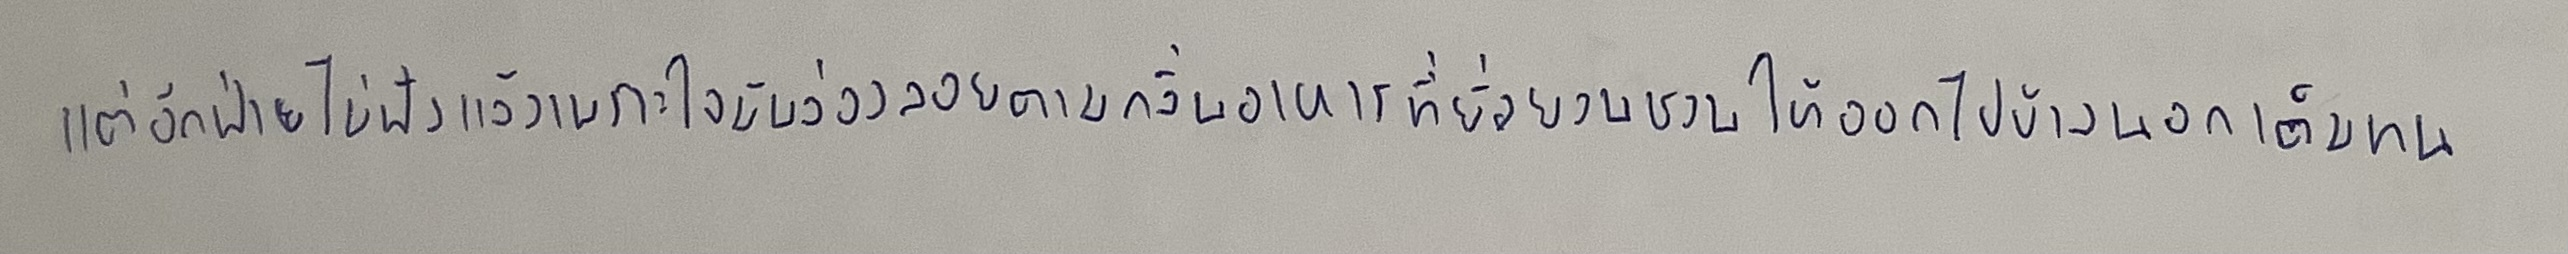
แต่อีกฝ่ายไม่ฟังแล้วเพราะใจมันล่องลอยตามกลิ่นอาหารที่ยั่วยวนชวนให้ออกไปข้างนอกเต็มทน